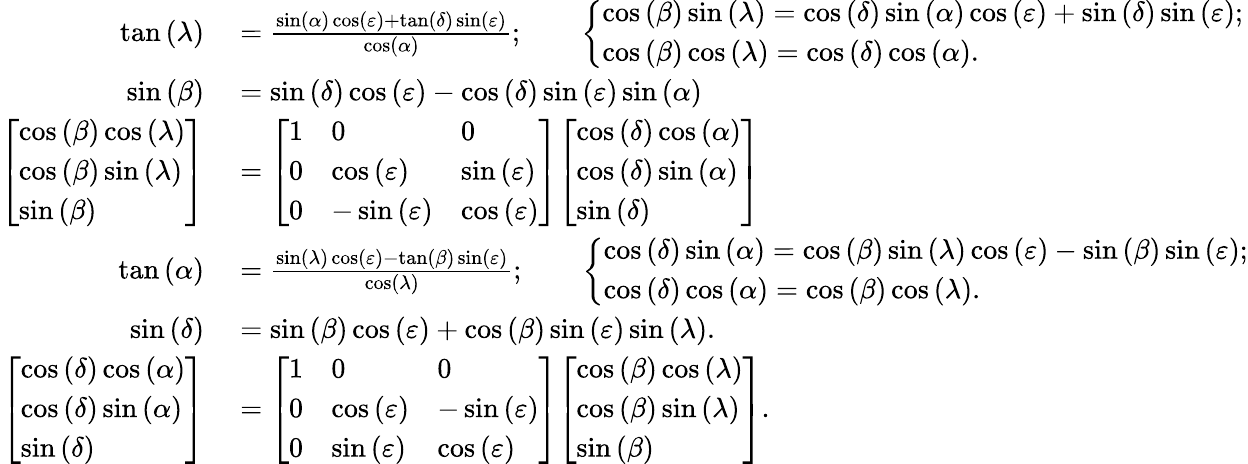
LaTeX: \begin{array}{rl}{\tan\left(\lambda\right)}&{{}={\frac{\sin\left(\alpha\right)\cos\left(\varepsilon\right)+\tan\left(\delta\right)\sin\left(\varepsilon\right)}{\cos\left(\alpha\right)}};\qquad{\left\{ \begin{array}{ll}{\cos\left(\beta\right)\sin\left(\lambda\right)=\cos\left(\delta\right)\sin\left(\alpha\right)\cos\left(\varepsilon\right)+\sin\left(\delta\right)\sin\left(\varepsilon\right);}\\ {\cos\left(\beta\right)\cos\left(\lambda\right)=\cos\left(\delta\right)\cos\left(\alpha\right).}\end{array}\right.}}\\ {\sin\left(\beta\right)}&{{}=\sin\left(\delta\right)\cos\left(\varepsilon\right)-\cos\left(\delta\right)\sin\left(\varepsilon\right)\sin\left(\alpha\right)}\\ {{\left[\begin{array}{l}{\cos\left(\beta\right)\cos\left(\lambda\right)}\\ {\cos\left(\beta\right)\sin\left(\lambda\right)}\\ {\sin\left(\beta\right)}\end{array}\right]}}&{{}={\left[\begin{array}{lll}{1}&{0}&{0}\\ {0}&{\cos\left(\varepsilon\right)}&{\sin\left(\varepsilon\right)}\\ {0}&{-\sin\left(\varepsilon\right)}&{\cos\left(\varepsilon\right)}\end{array}\right]}{\left[\begin{array}{l}{\cos\left(\delta\right)\cos\left(\alpha\right)}\\ {\cos\left(\delta\right)\sin\left(\alpha\right)}\\ {\sin\left(\delta\right)}\end{array}\right]}}\\ {\tan\left(\alpha\right)}&{{}={\frac{\sin\left(\lambda\right)\cos\left(\varepsilon\right)-\tan\left(\beta\right)\sin\left(\varepsilon\right)}{\cos\left(\lambda\right)}};\qquad{\left\{ \begin{array}{ll}{\cos\left(\delta\right)\sin\left(\alpha\right)=\cos\left(\beta\right)\sin\left(\lambda\right)\cos\left(\varepsilon\right)-\sin\left(\beta\right)\sin\left(\varepsilon\right);}\\ {\cos\left(\delta\right)\cos\left(\alpha\right)=\cos\left(\beta\right)\cos\left(\lambda\right).}\end{array}\right.}}\\ {\sin\left(\delta\right)}&{{}=\sin\left(\beta\right)\cos\left(\varepsilon\right)+\cos\left(\beta\right)\sin\left(\varepsilon\right)\sin\left(\lambda\right).}\\ {{\left[\begin{array}{l}{\cos\left(\delta\right)\cos\left(\alpha\right)}\\ {\cos\left(\delta\right)\sin\left(\alpha\right)}\\ {\sin\left(\delta\right)}\end{array}\right]}}&{{}={\left[\begin{array}{lll}{1}&{0}&{0}\\ {0}&{\cos\left(\varepsilon\right)}&{-\sin\left(\varepsilon\right)}\\ {0}&{\sin\left(\varepsilon\right)}&{\cos\left(\varepsilon\right)}\end{array}\right]}{\left[\begin{array}{l}{\cos\left(\beta\right)\cos\left(\lambda\right)}\\ {\cos\left(\beta\right)\sin\left(\lambda\right)}\\ {\sin\left(\beta\right)}\end{array}\right]}.}\end{array}